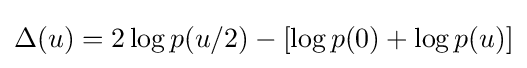
\Delta (u)=2\log p(u/2)-[\log p(0)+\log p(u)]